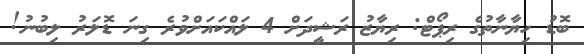
ބޮޑު ހިޔާނާތުގެ ރިޕޯޓް: ރިޔާޒު ރަޝީދަށް 4 ލައްކައަށްވުރެ ގިނަ ޑޮލަރު ލިބުނު!